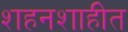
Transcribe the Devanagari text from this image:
शहनशाहीत